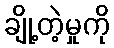
ချို့တဲ့မှုကို